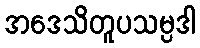
အဒေသိတူပသမ္ပဒါ